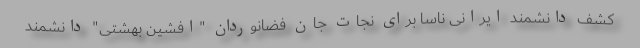
کشف دانشمند ایرانی ناسا برای نجات جان فضانوردان "افشین بهشتی" دانشمند